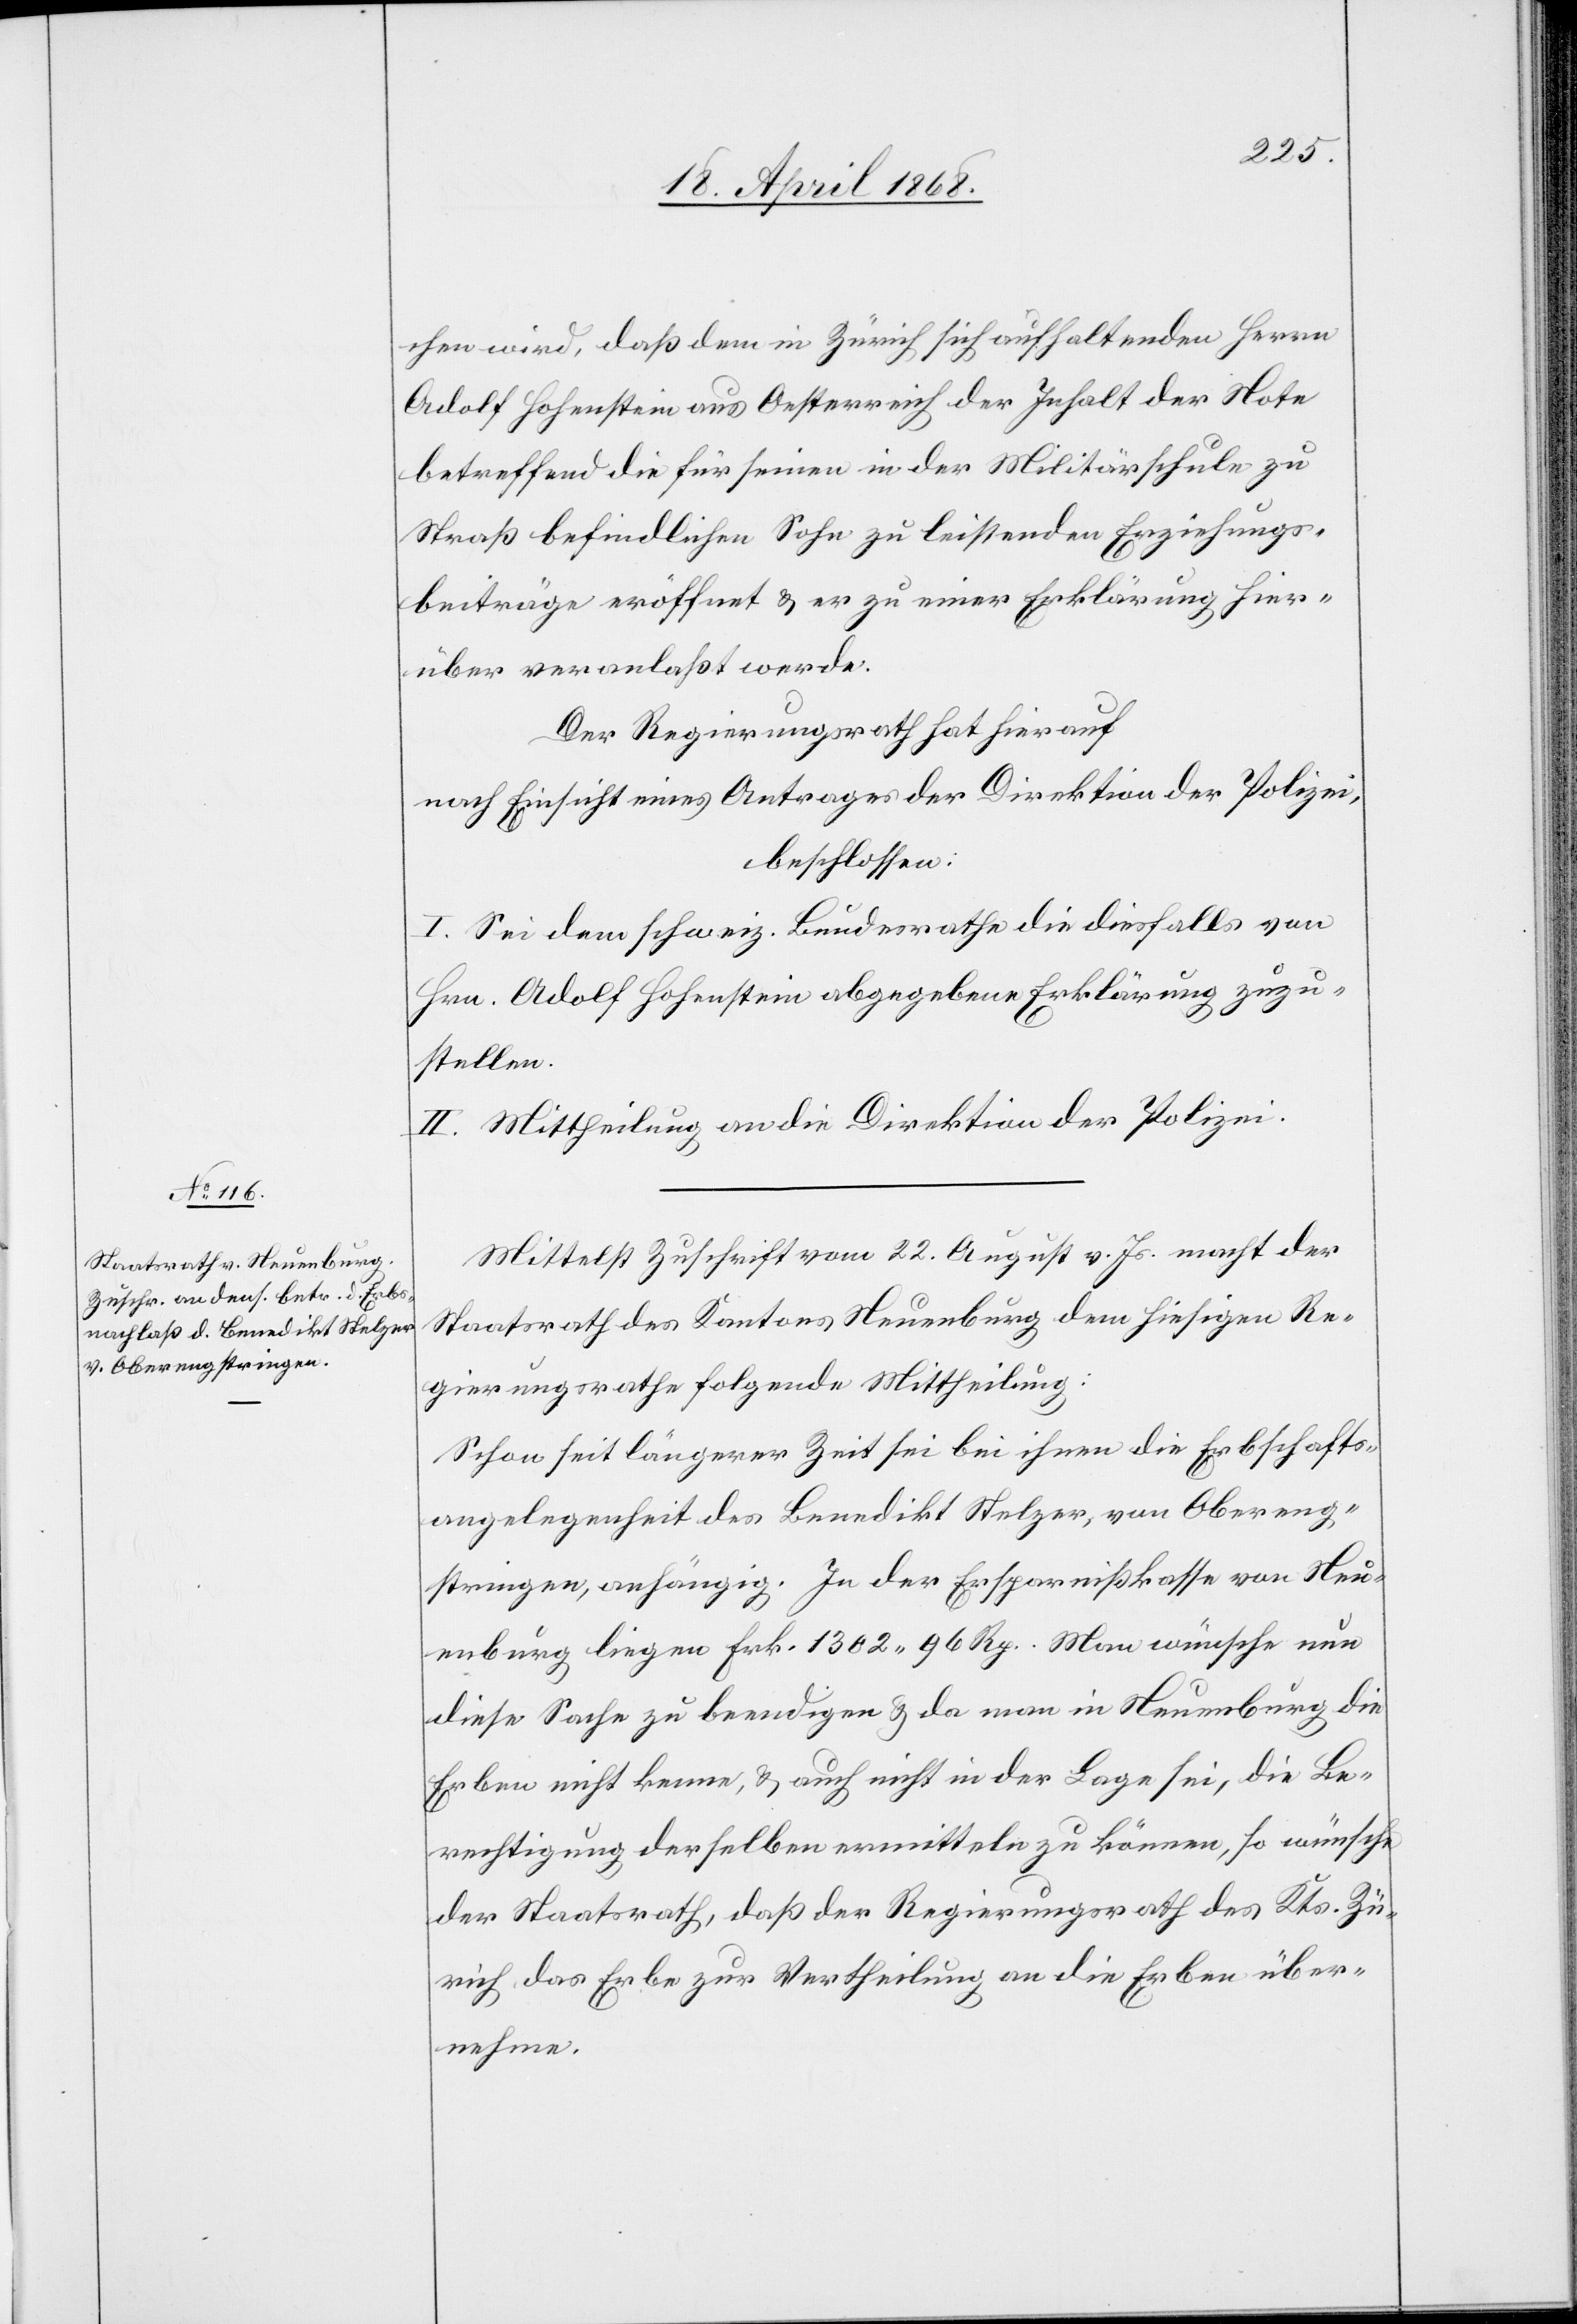
chen wird, daß dem in Zürich sich aufhaltenden Herrn
Adolf Hohenstein aus Oesterreich der Inhalt der Note
betreffend die für seinen in der Militärschule zu
Straß befindlichen Sohn zu leistenden Erziehungs¬
beiträge eröffnet & er zu einer Erklärung hier¬
über veranlaßt werde.
Der Regierungsrath hat hierauf
nach Einsicht eines Antrages der Direktion der Polizei,
beschlossen:
I. Sei dem schweiz. Bundesrathe die diesfalls von
Hrn. Adolf Hohenstein abgegebene Erklärung zuzu¬
stellen.
II. Mittheilung an die Direktion der Polizei.
Mittelst Zuschrift vom 22. August v. Js. macht der
Staatsrath des Kantons Neuenburg dem hiesigen Re¬
gierungsrathe folgende Mittheilung:
Schon seit längerer Zeit sei bei ihnen die Erbschafts¬
angelegenheit des Benedikt Stelzer, von Obereng¬
stringen, anhängig. In der Ersparnißkasse von Neu¬
enburg liegen Frk. 1302. 96 Rp. Man wünsche nun
diese Sache zu beendigen & da man in Neuenburg die
Erben nicht kenne, & auch nicht in der Lage sei, die Be¬
rechtigung derselben ermitteln zu können, so wünsche
der Staatsrath, daß der Regierungsrath des Kts. Zü¬
rich das Erbe zur Vertheilung an die Erben über¬
nehme.